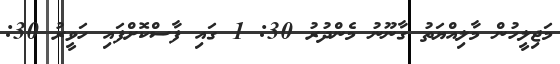
މަޖިލީހުން މާލިއްޔަތު ގާނޫނު މެންދުރު 30: 1 ގައި ފާސްކޮށްފައި ހަވީރު 30: